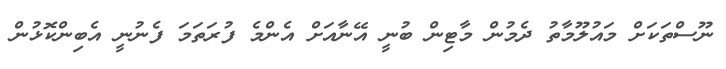
ނޫސްތަކަށް މައުލޫމާތު ދެމުން މާޓިން ބުނީ އޭނާއަށް އެންމެ ފުރަތަމަ ފެނުނީ އެބިންކޮޅުން